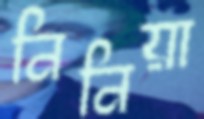
নিনিয়া